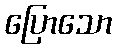
ပြောသော